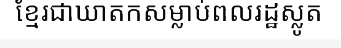
ខ្មែរជាឃាតកសម្លាប់ពលរដ្ឋស្លូត